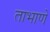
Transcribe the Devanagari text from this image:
ताभाणे